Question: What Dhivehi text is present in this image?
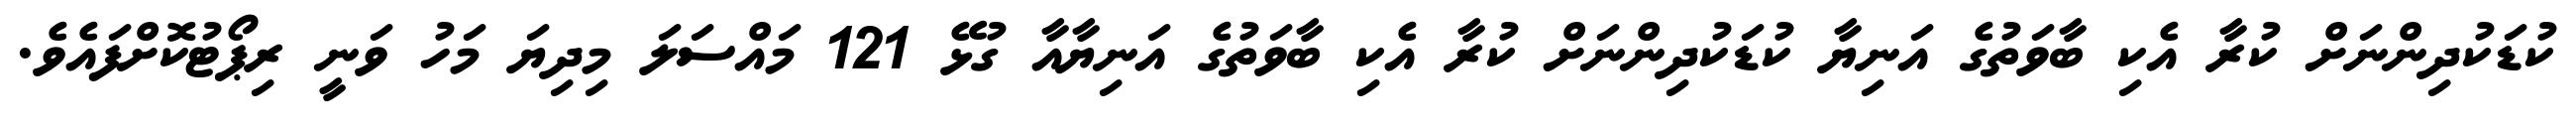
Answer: ކުޑަކުދިންނަށް ކުރާ އެކި ބާވަތުގެ އަނިޔާ ކުޑަކުދިންނަށް ކުރާ އެކި ބާވަތުގެ އަނިޔާއާ ގުޅޭ 121 މައްސަލަ މިދިޔަ މަހު ވަނީ ރިޕޯޓުކޮށްފައެވެ.